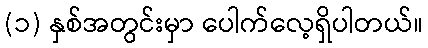
(၁) နှစ်အတွင်းမှာ ပေါက်လေ့ရှိပါတယ်။